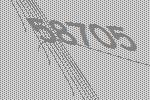
58705